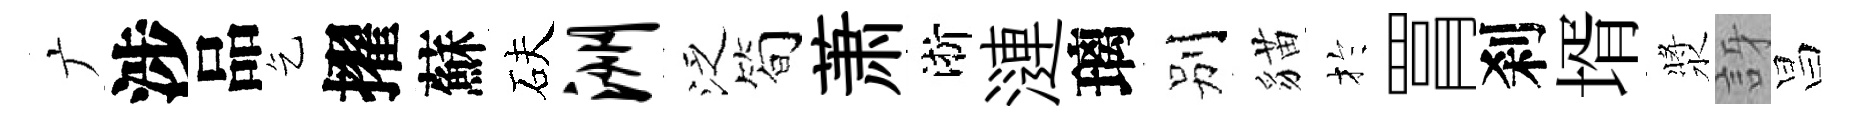
广涉品乞擢蘇砆洲泛筍萧淅漣璃别貓扵罥刹壻漿訝昌